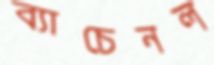
ব্যাচেনল